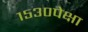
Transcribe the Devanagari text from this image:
१५३०पेक्षा